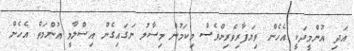
އަދި އުންމީދަކީ އެހެން ވިޔަފާރިވެރިންވެސް މިކަމުން މިސާލު ނަގައިގެން އިސްލާމީ އުންމަތް އެހެން